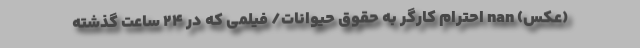
(عکس) nan احترام کارگر به حقوق حیوانات/ فیلمی که در ۲۴ ساعت گذشته